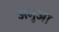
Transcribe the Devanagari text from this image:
अनुआ